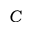
C